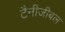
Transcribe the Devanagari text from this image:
टैनीजीबल